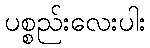
ပစ္စည်းလေးပါး